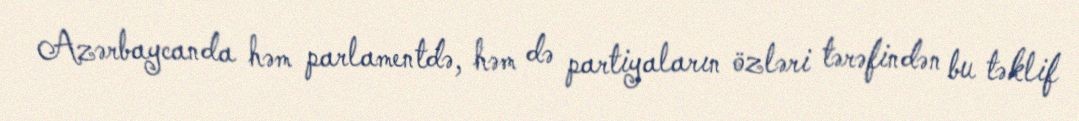
Azərbaycanda həm parlamentdə, həm də partiyaların özləri tərəfindən bu təklif